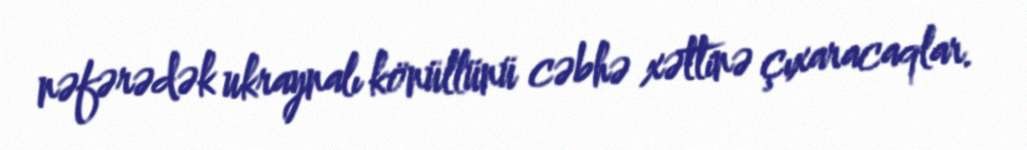
nəfərədək ukraynalı könüllünü cəbhə xəttinə çıxaracaqlar.